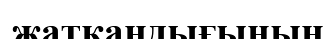
жатқандығының